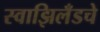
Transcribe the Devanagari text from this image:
स्वाझिलँडचे